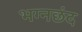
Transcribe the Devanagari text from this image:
भग्नछंद